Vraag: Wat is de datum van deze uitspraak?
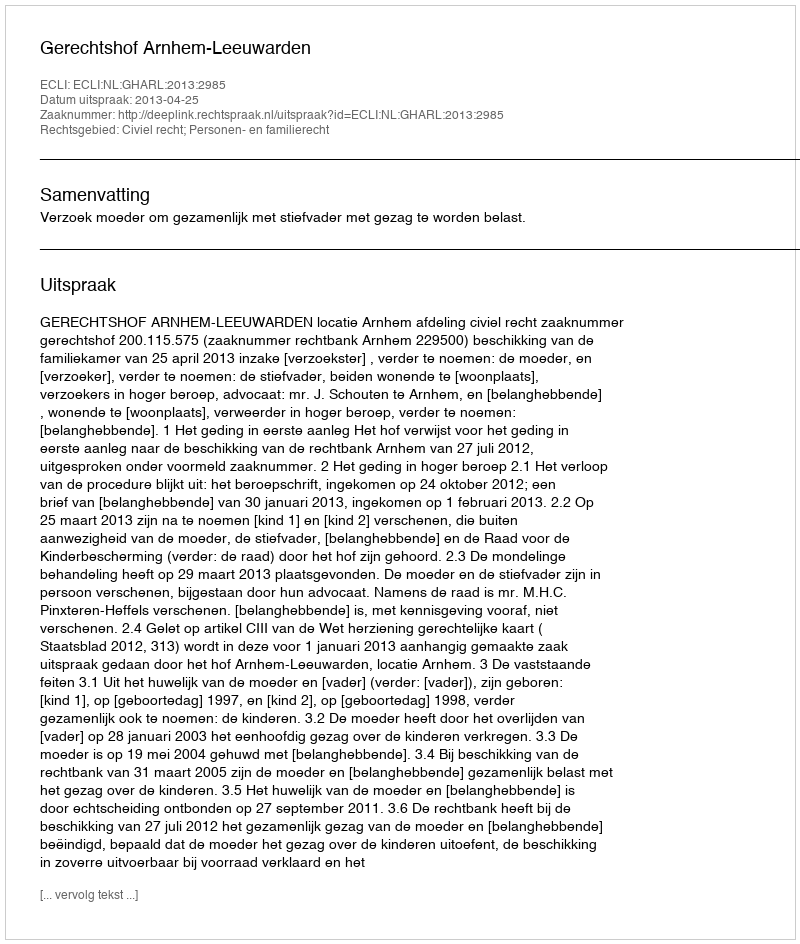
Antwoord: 2013-04-25